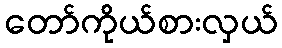
တော်ကိုယ်စားလှယ်